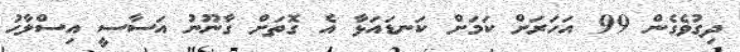
ދިގުވެގެން 99 އަހަރަށް ކަމަށް ކަނޑައަޅާ އެ ގޮތަށް ގާނޫނު އަސާސީ އިސްލާހު